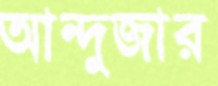
আন্দুজার